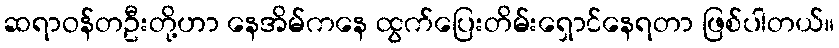
ဆရာဝန်တဦးတို့ဟာ နေအိမ်ကနေ ထွက်ပြေးတိမ်းရှောင်နေရတာ ဖြစ်ပါတယ်။